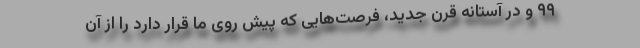
۹۹ و در آستانه قرن جدید، فرصت‌هایی که پیش روی ما قرار دارد را از آن